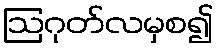
ဩဂုတ်လမှစ၍